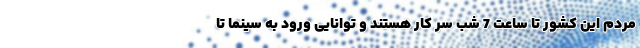
مردم این کشور تا ساعت 7 شب سر کار هستند و توانایی ورود به سینما تا